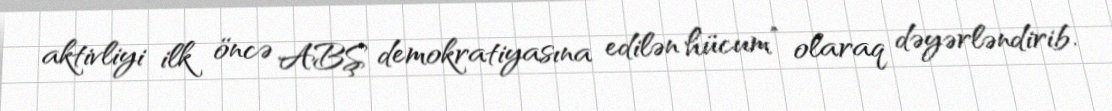
aktivliyi ilk öncə ABŞ demokratiyasına edilən hücum” olaraq dəyərləndirib.